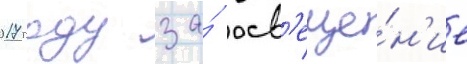
2017 году за́ осв'еще́н'ие